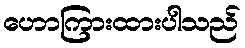
ဟောကြားထားပါသည်